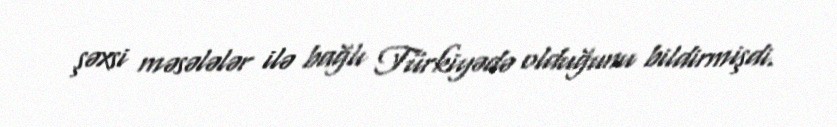
şəxsi məsələlər ilə bağlı Türkiyədə olduğunu bildirmişdi.